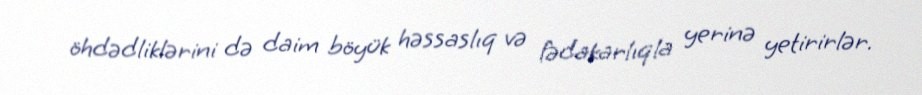
öhdədliklərini də daim böyük həssaslıq və fədakarlıqla yerinə yetirirlər.